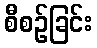
စီစဉ်ခြင်း